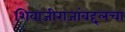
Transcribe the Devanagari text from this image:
शिवाजीराजांबद्दलचा